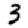
Digit: 3